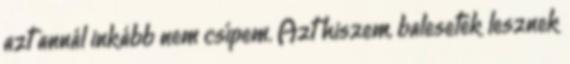
azt annál inkább nem csípem. Azt hiszem, balesetek lesznek